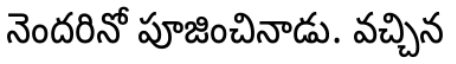
నెందరినో పూజించినాడు. వచ్చిన